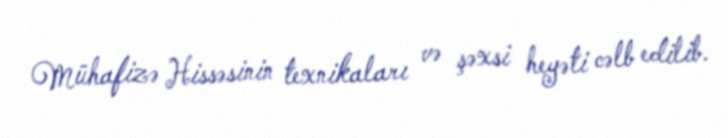
Mühafizə Hissəsinin texnikaları və şəxsi heyəti cəlb edilib.